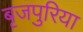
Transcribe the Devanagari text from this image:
बृजपुरिया